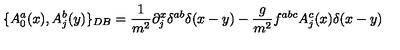
\{ A _ { 0 } ^ { a } ( x ) , A _ { j } ^ { b } ( y ) \} _ { D B } = \frac { 1 } { m ^ { 2 } } \partial _ { j } ^ { x } \delta ^ { a b } \delta ( x - y ) - \frac { g } { m ^ { 2 } } f ^ { a b c } A _ { j } ^ { c } ( x ) \delta ( x - y ) \nonumber